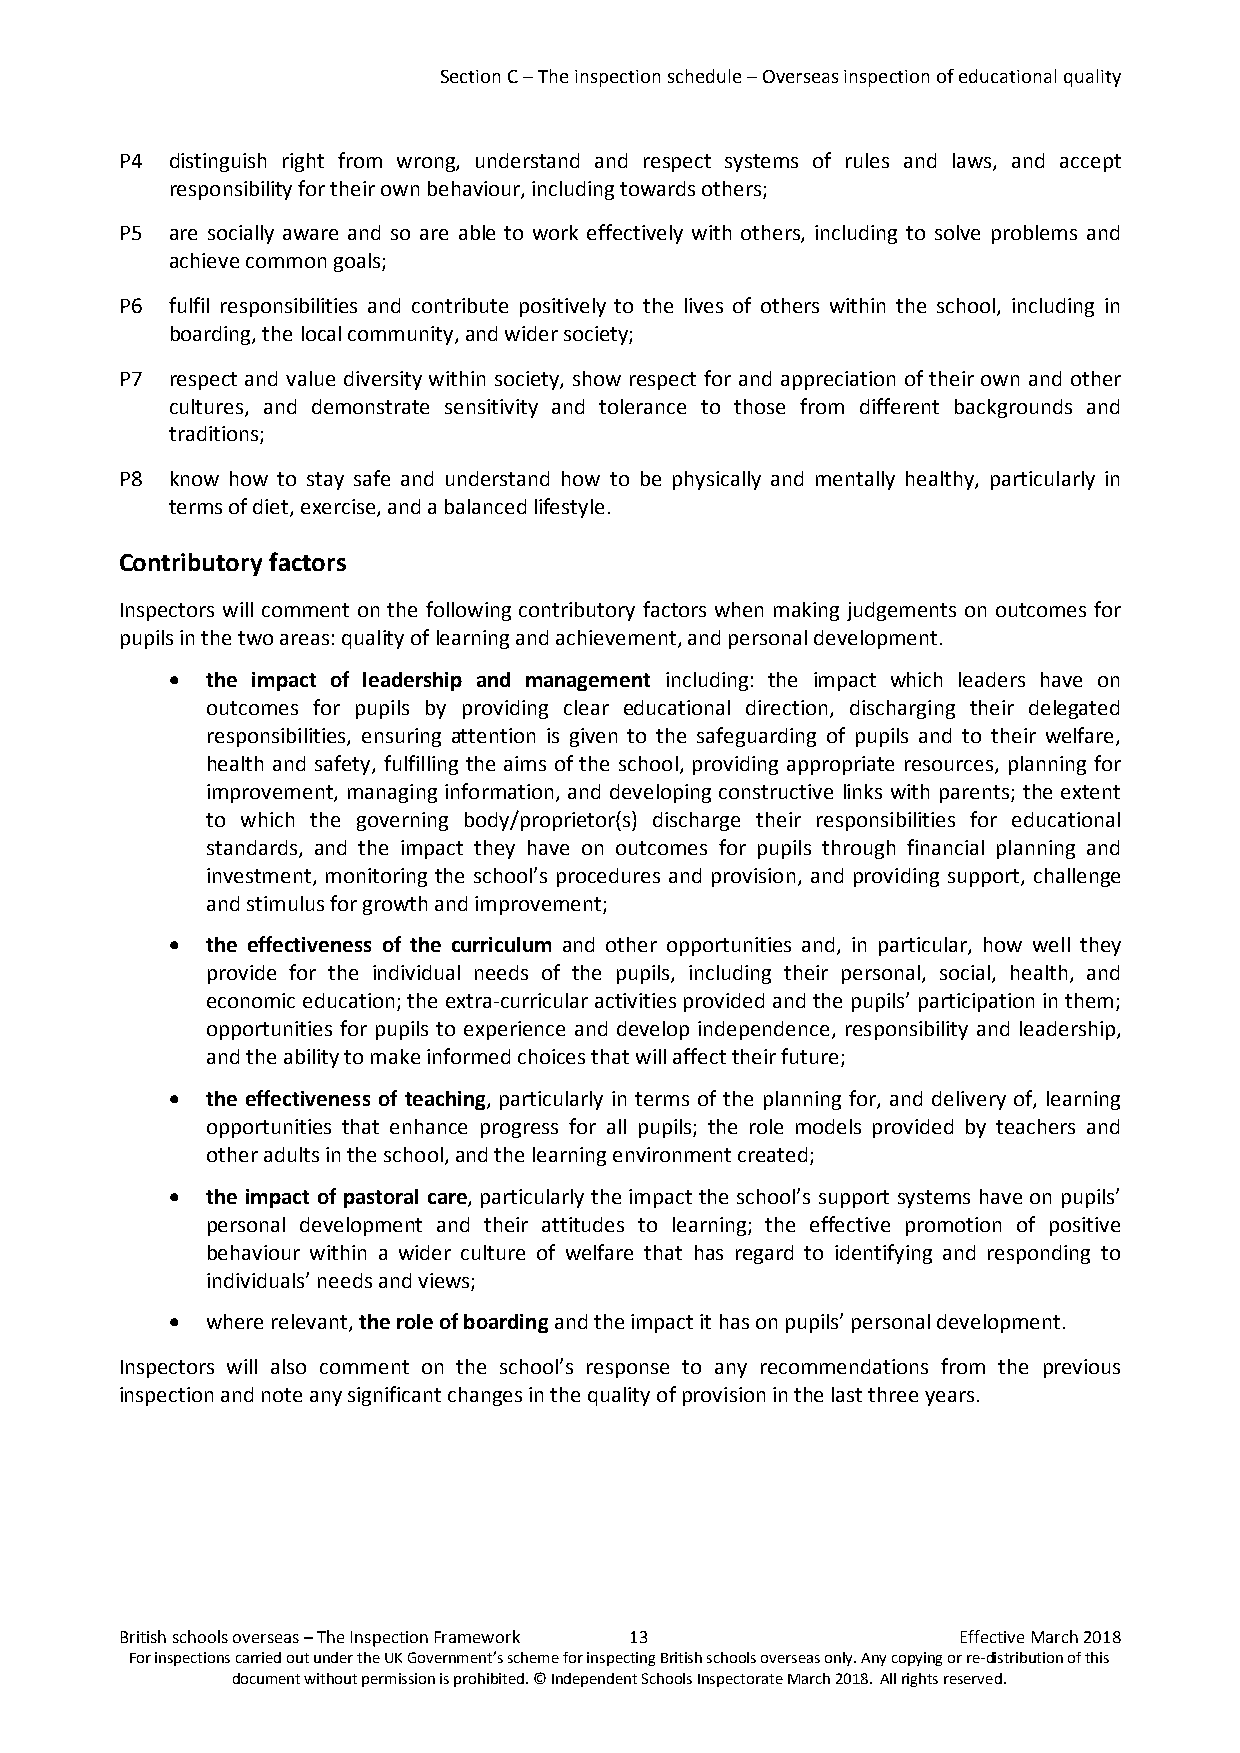
Section C – The inspection schedule – Overseas inspection of educational quality
 P4 distinguish right from wrong, understand and respect systems of rules and laws, and accept
 responsibility for their own behaviour, including towards others;
 P5 are socially aware and so are able to work effectively with others, including to solve problems and
 achieve common goals;
 P6 fulfil responsibilities and contribute positively to the lives of others within the school, including in
 boarding, the local community, and wider society;
 P7 respect and value diversity within society, show respect for and appreciation of their own and other
 cultures, and demonstrate sensitivity and tolerance to those from different backgrounds and
 traditions;
 P8 know how to stay safe and understand how to be physically and mentally healthy, particularly in
 terms of diet, exercise, and a balanced lifestyle.
 Contributory factors
 Inspectors will comment on the following contributory factors when making judgements on outcomes for
 pupils in the two areas: quality of learning and achievement, and personal development.
 •  the impact of leadership and management including: the impact which leaders have on
 outcomes for pupils by providing clear educational direction, discharging their delegated
 responsibilities, ensuring attention is given to the safeguarding of pupils and to their welfare,
 health and safety, fulfilling the aims of the school, providing appropriate resources, planning for
 improvement, managing information, and developing constructive links with parents; the extent
 to which the governing body/proprietor(s) discharge their responsibilities for educational
 standards, and the impact they have on outcomes for pupils through financial planning and
 investment, monitoring the school’s procedures and provision, and providing support, challenge
 and stimulus for growth and improvement;
 •  the effectiveness of the curriculum and other opportunities and, in particular, how well they
 provide for the individual needs of the pupils, including their personal, social, health, and
 economic education; the extra-curricular activities provided and the pupils’ participation in them;
 opportunities for pupils to experience and develop independence, responsibility and leadership,
 and the ability to make informed choices that will affect their future;
 •  the effectiveness of teaching, particularly in terms of the planning for, and delivery of, learning
 opportunities that enhance progress for all pupils; the role models provided by teachers and
 other adults in the school, and the learning environment created;
 •  the impact of pastoral care, particularly the impact the school’s support systems have on pupils’
 personal development and their attitudes to learning; the effective promotion of positive
 behaviour within a wider culture of welfare that has regard to identifying and responding to
 individuals’ needs and views;
 •  where relevant, the role of boarding and the impact it has on pupils’ personal development.
 Inspectors will also comment on the school’s response to any recommendations from the previous
 inspection and note any significant changes in the quality of provision in the last three years.
 British schools overseas – The Inspection Framework 13 Effective March 2018
 For inspections carried out under the UK Government’s scheme for inspecting British schools overseas only. Any copying or re-distribution of this
 document without permission is prohibited. © Independent Schools Inspectorate March 2018. All rights reserved.